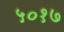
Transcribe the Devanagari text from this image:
५०१७